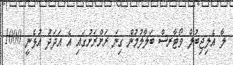
ލާ އެލިޖިބުލް ވޯޓާރސް ބަލާލުމުން ގިނަ ރަށްރަށުގައި އެ އަދަދު އުޅެނީ 1000